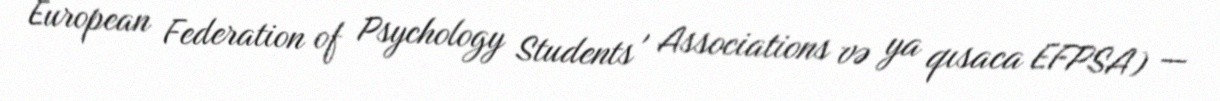
European Federation of Psychology Students' Associations və ya qısaca EFPSA) —